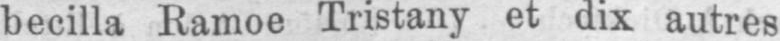
becilla Ramoe Tristany et dix autres